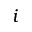
i